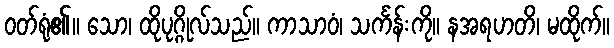
ဝတ်ရုံ၏။ သော၊ ထိုပုဂ္ဂိုလ်သည်။ ကာသာဝံ၊ သင်္ကန်းကို။ နအရဟတိ၊ မထိုက်။